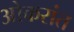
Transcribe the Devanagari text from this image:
ओकरांत